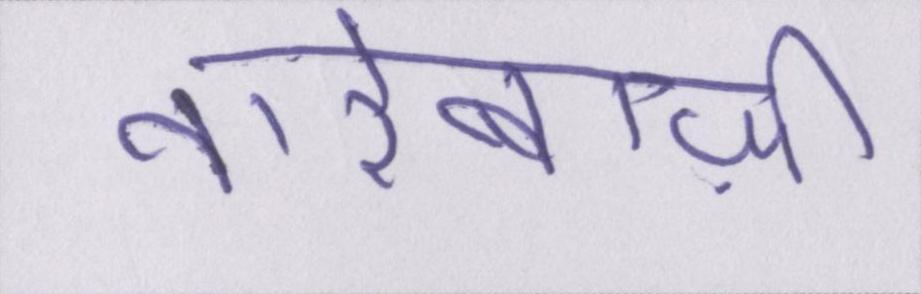
नारेबाज़ी